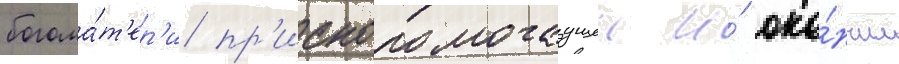
богома́т'ер'и пр'иснопомогаущеи и́ око́нчил